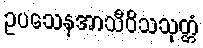
ဥပသေနအာသီဝိသသုတ္တံ